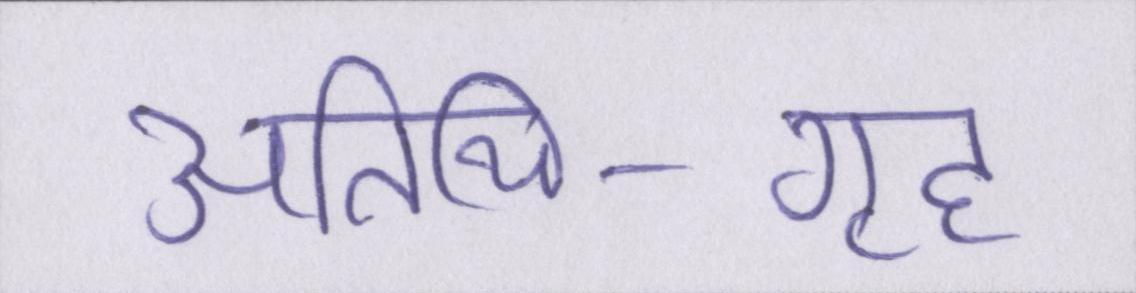
अतिथि-गृह